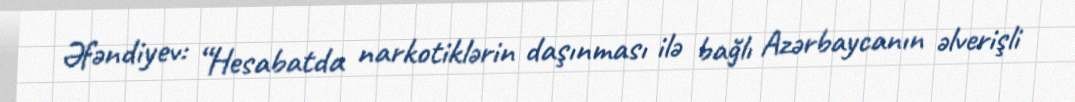
Əfəndiyev: “Hesabatda narkotiklərin daşınması ilə bağlı Azərbaycanın əlverişli